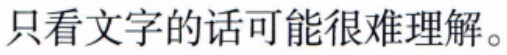
只看文字的话可能很难理解。